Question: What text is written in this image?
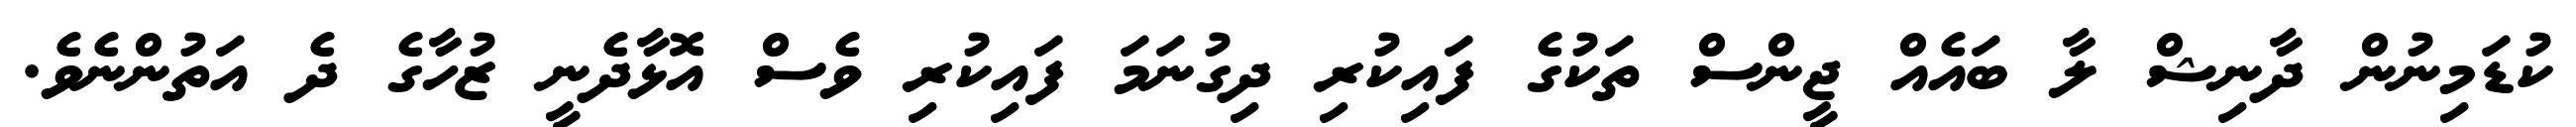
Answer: ކުޑަމިނުން ދާނިޝް ލާ ބައެއް ޖީންސް ތަކުގެ ފައިކުރި ދިގުނަމަ ފައިކުރި ވެސް އޮޅާދެނީ ޒުހާގެ ދެ އަތުންނެވެ.